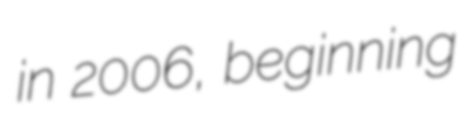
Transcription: in 2006, beginning